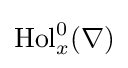
\operatorname {Hol} _{x}^{0}(\nabla )